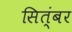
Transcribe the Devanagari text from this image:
सित्ंबर